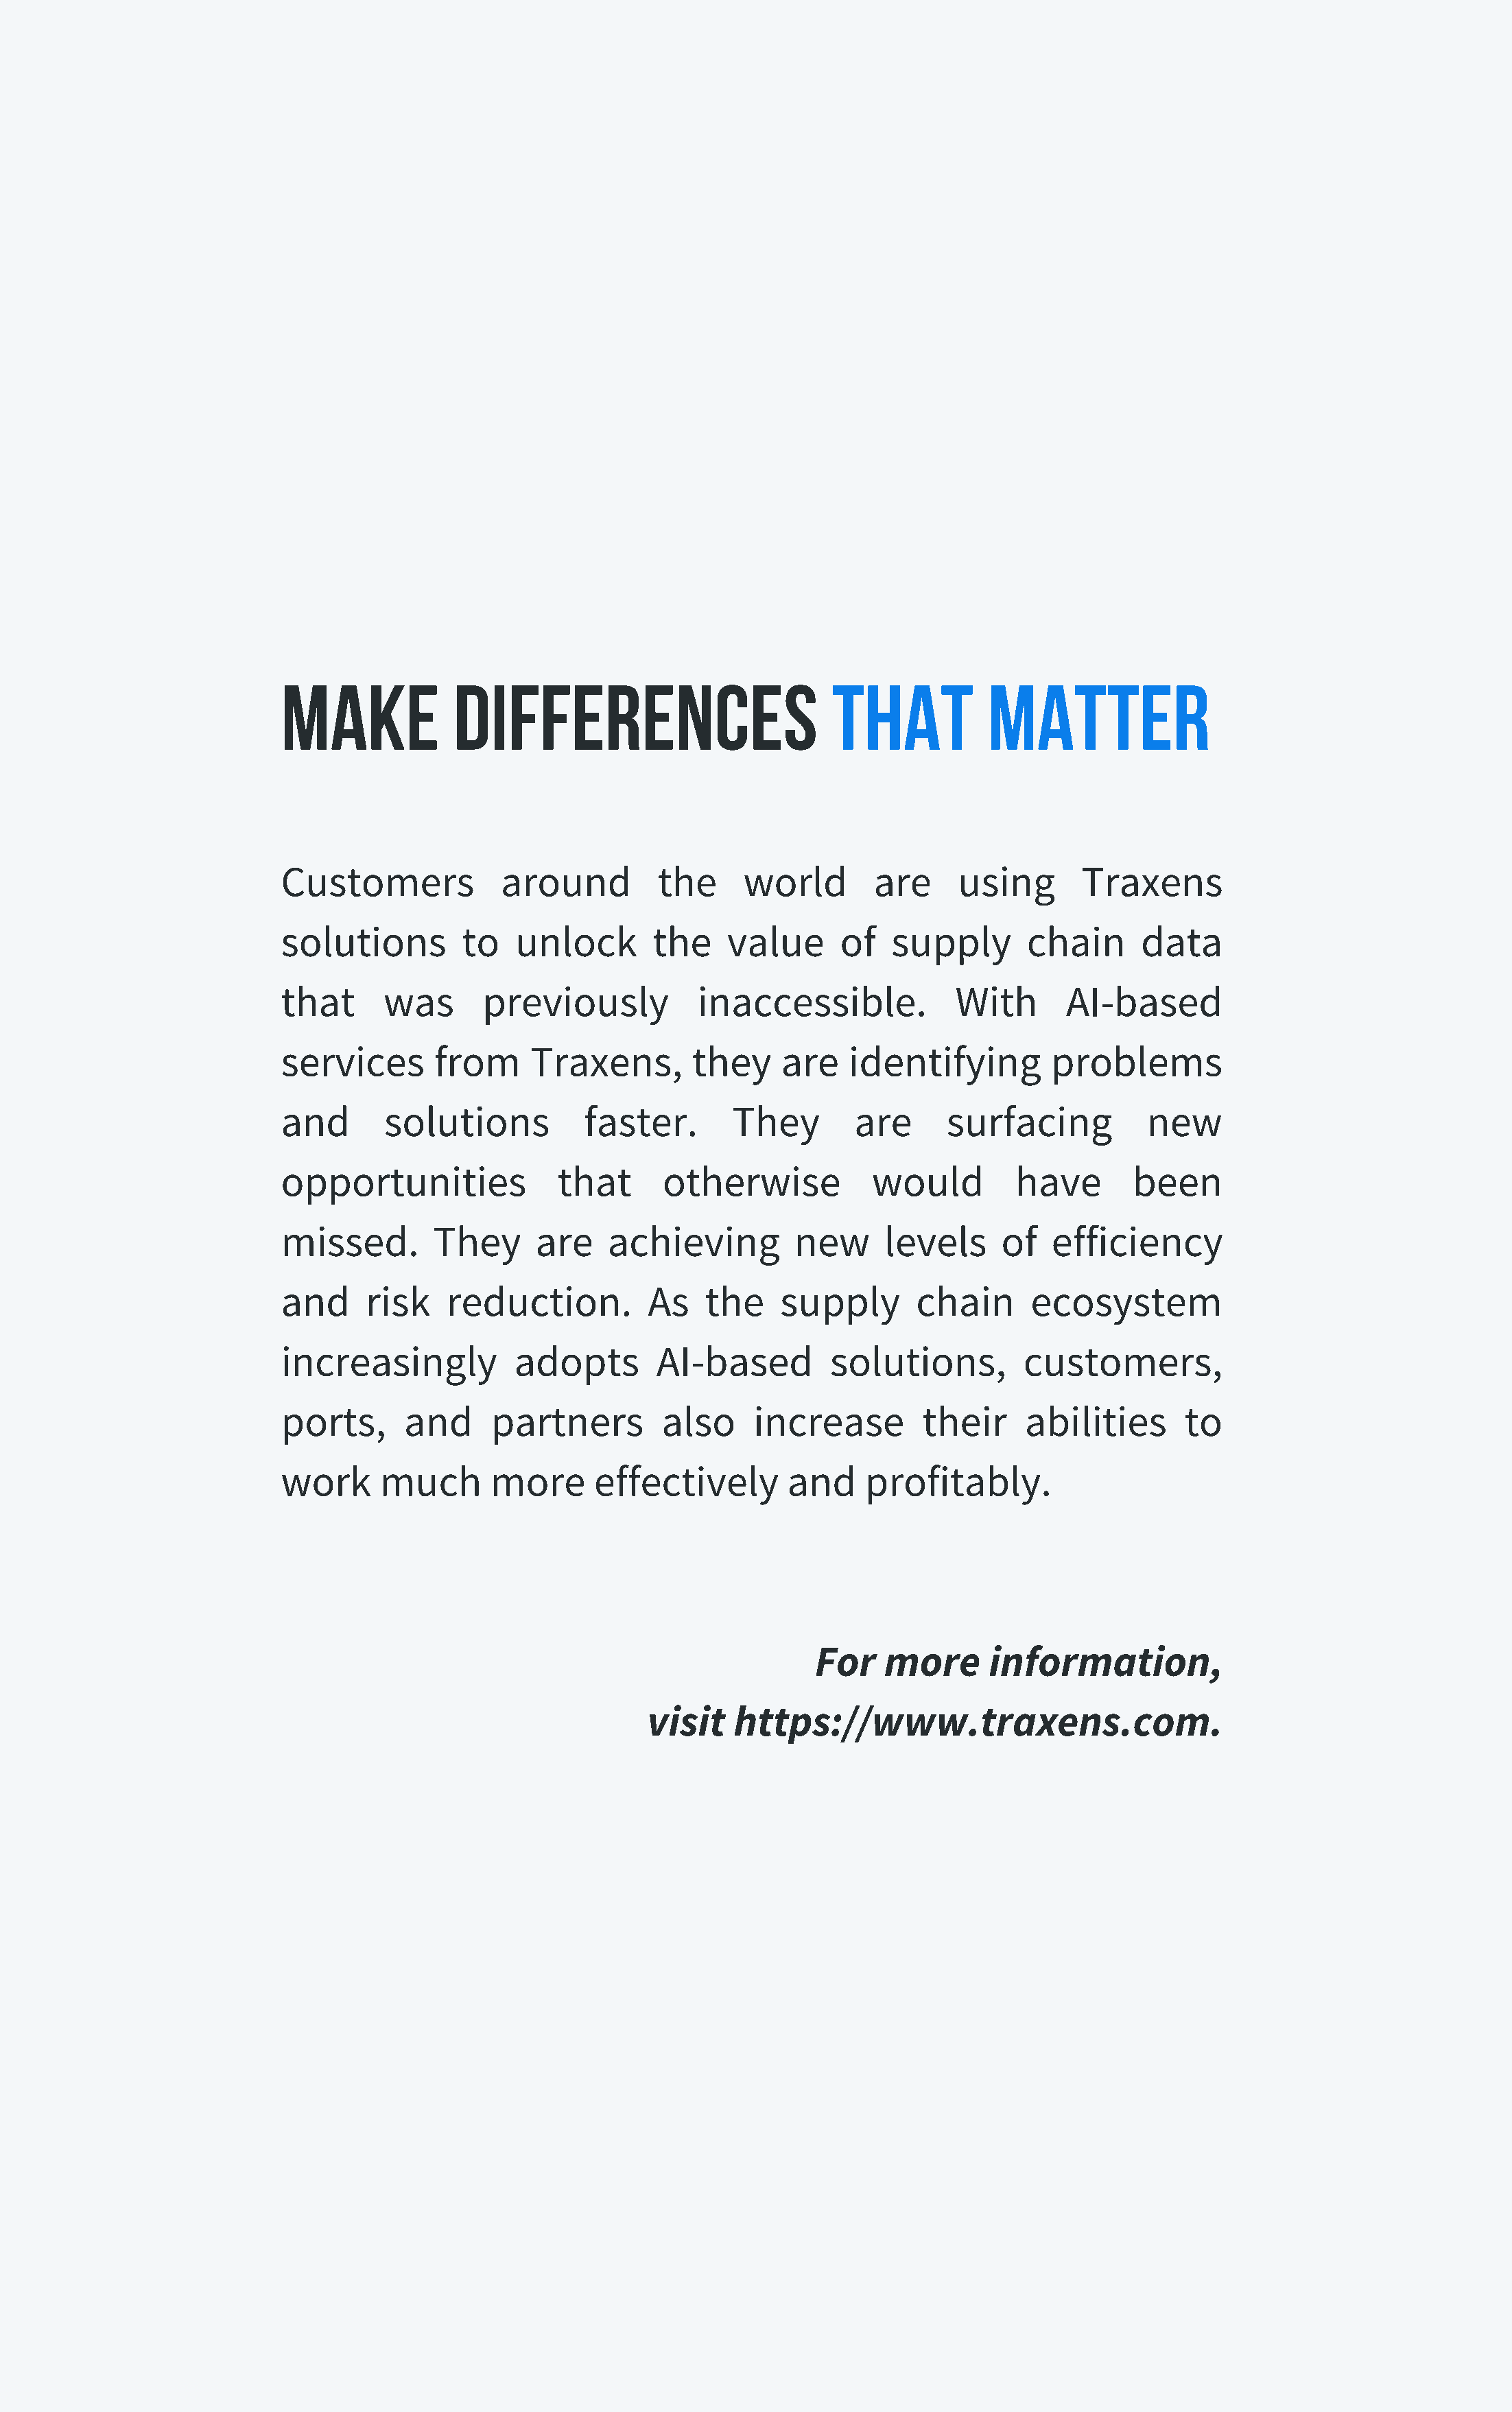
Make             Differences                         that           Matter
 Customers            around         the      world       are     using       Traxens
 solutions         to   unlock       the    value      of   supply       chain      data
 that      was       previously          inaccessible.            With       AI-based
 services       from     Traxens,        they    are    identifying        problems
 and       solutions          faster.        They       are      surfacing           new
 opportunities              that      otherwise           would         have       been
 missed.        They      are    achieving         new     levels      of  efficiency
 and     risk    reduction.         As    the    supply       chain      ecosystem
 increasingly           adopts       AI-based         solutions,         customers,
 ports,      and     partners         also     increase        their     abilities      to
 work      much      more      effectively        and    profitably.
 For   more      information,
 visit    https://www.traxens.com.